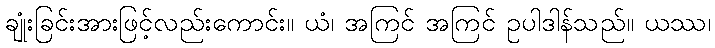
ချုံးခြင်းအားဖြင့်လည်းကောင်း။ ယံ၊ အကြင် အကြင် ဥပါဒါန်သည်။ ယဿ၊